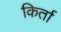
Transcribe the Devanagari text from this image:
किर्ता